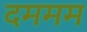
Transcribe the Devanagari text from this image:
दममम